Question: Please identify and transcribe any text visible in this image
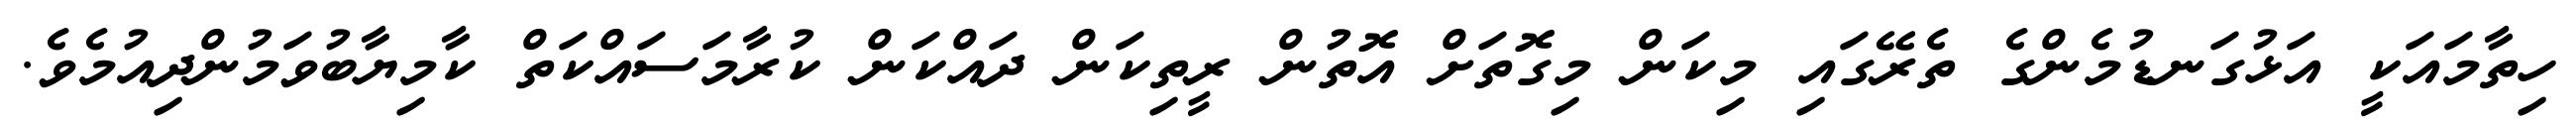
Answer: ހިތާމައަކީ އަޅުގަނޑުމެންގެ ތެރޭގައި މިކަން މިގޮތަށް އޮތުން ރީތިކަން ދައްކަން ކުރާމަސައްކަތް ކާމިޔާބުވަމުންދިއުމެވެ.